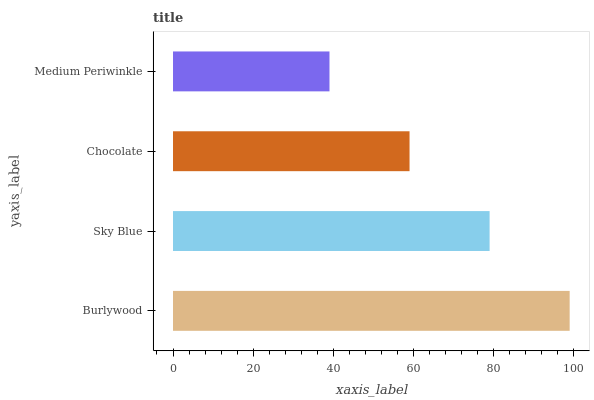
| yaxis_label | bars |
 | --- | --- |
 | Burlywood | 99 |
 | Sky Blue | 79 |
 | Chocolate | 59 |
 | Medium Periwinkle | 39.1 |